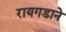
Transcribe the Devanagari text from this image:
रायगडाने